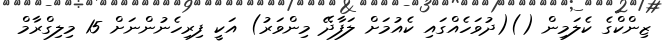
ޒިންކްގެ ކެލަމިން ()(ދުވަހެއްގައި ކެއުމަށް ލަފާދޭ މިންވަރު) އަކީ ފިރިހެނުންނަށް 15 މިލިގްރާމް